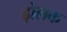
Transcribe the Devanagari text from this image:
ढ़ोलक